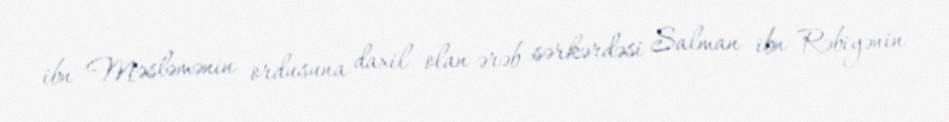
ibn Məsləmənin ordusuna daxil olan ərəb sərkərdəsi Salman ibn Rəbiyənin